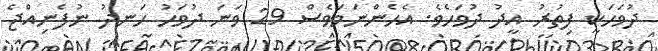
ދުވަހަކީ ފިތުރު އީދު ދުވަހެވެ. އެހެންނަމަވެސް 29 ވަނަ ދުވަހު ހަނދު ނުފެނިއްޖެ